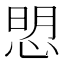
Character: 𢜏